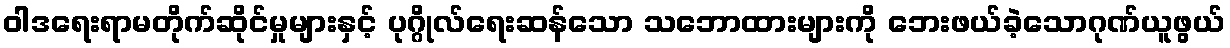
ဝါဒရေးရာမတိုက်ဆိုင်မှုများနှင့် ပုဂ္ဂိုလ်ရေးဆန်သော သဘောထားများကို ဘေးဖယ်ခဲ့သောဂုဏ်ယူဖွယ်